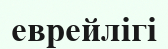
еврейлігі